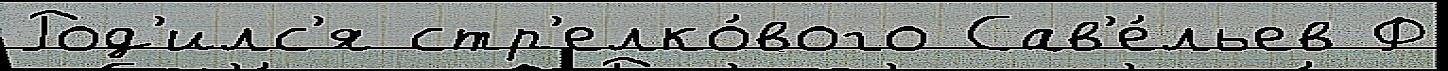
Род'илс'я стр'елко́вого Сав'е́льев Ф